画像に写った文字を読んでください
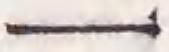
「一」と書いてあります